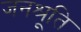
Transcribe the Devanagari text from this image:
जनश्रूति